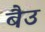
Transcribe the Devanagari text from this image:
बैउ